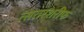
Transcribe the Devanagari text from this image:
त्सरारशरीफ